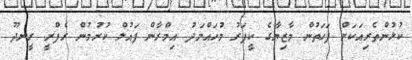
ކުޅުންތެރިއަކަށް ފަހަތުން މާޒިޔާގެ ކީޕަރު މުހައްމަދު އިމްރާން ފައުލް ކުރުމުން ރެފްރީ ރީނދޫ